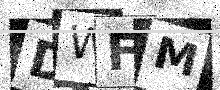
Text: DWFM